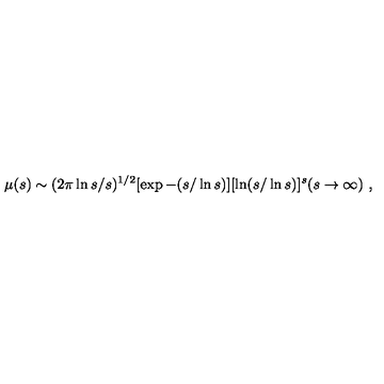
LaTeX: \mu ( s ) \sim ( 2 \pi \ln s / s ) ^ { 1 / 2 } [ \exp - ( s / \ln s ) ] [ \ln ( s / \ln s ) ] ^ { s } ( s \rightarrow \infty ) \ ,